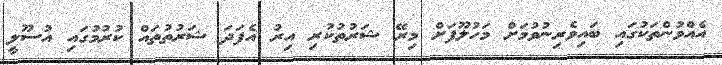
އެއްވުންތަކުގައި ބައިވެރިނުވުމަށް މަހުލޫފަށް މިރޭ ޝަރުތުކުރި އިރު އެފަދަ ޝަރުތުތައް ކުރުމުގައި އުސޫލީ